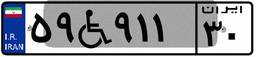
۵۹W۹۱۱۳۰